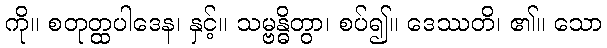
ကို။ စတုတ္ထပါဒေန၊ နှင့်။ သမ္ဗန္ဓိတွာ၊ စပ်၍။ ဒေဿတိ၊ ၏။ သော